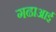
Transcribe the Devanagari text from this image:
गढाआई